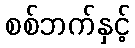
စစ်ဘက်နှင့်